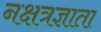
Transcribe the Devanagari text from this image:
नक्षत्रज्ञाता